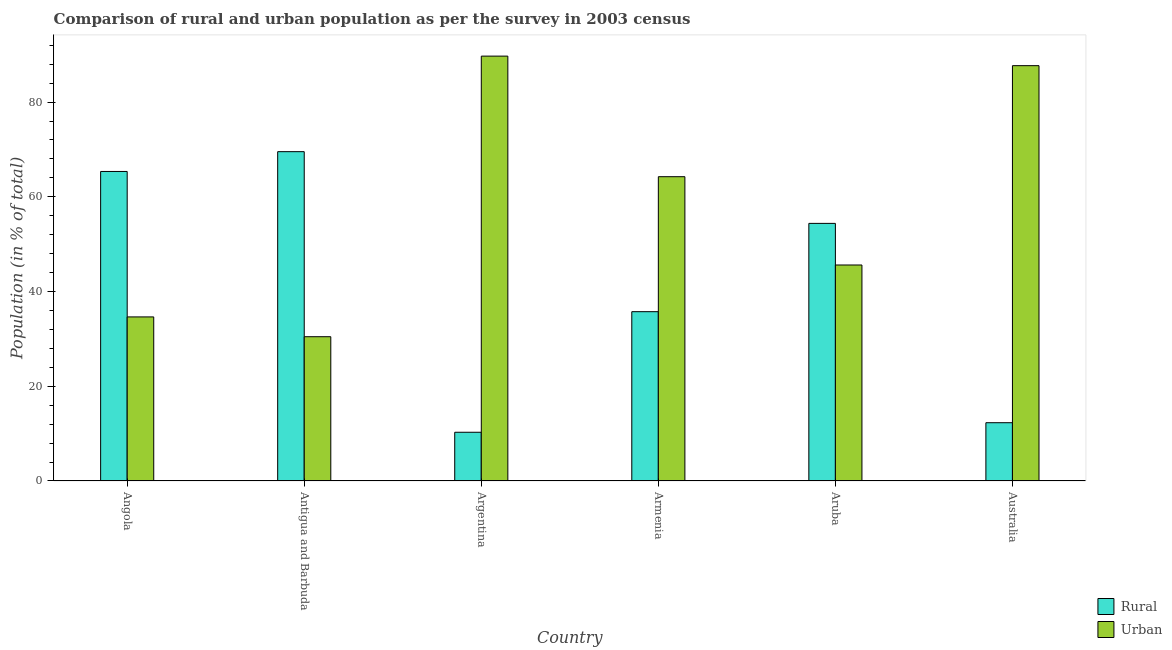
| Country | Rural | Urban |
 | --- | --- | --- |
 | Angola | 65.4 | 34.6 |
 | Antigua and Barbuda | 69.5 | 30.5 |
 | Argentina | 10.3 | 89.7 |
 | Armenia | 35.8 | 64.2 |
 | Aruba | 54.4 | 45.6 |
 | Australia | 12.3 | 87.7 |